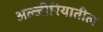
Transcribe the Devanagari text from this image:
अल्जीरियातील